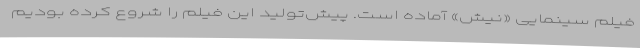
فیلم سینمایی «نیش» آماده است. پیش‌تولید این فیلم را شروع کرده بودیم